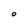
Character: o